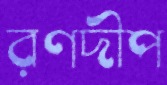
রণদীপ